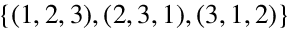
\{ ( 1 , 2 , 3 ) , ( 2 , 3 , 1 ) , ( 3 , 1 , 2 ) \}